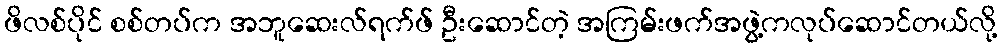
ဖိလစ်ပိုင် စစ်တပ်က အဘူဆေးလ်ရက်ဖ် ဦးဆောင်တဲ့ အကြမ်းဖက်အဖွဲ့ကလုပ်ဆောင်တယ်လို့